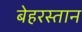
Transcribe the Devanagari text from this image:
बेहरस्तान